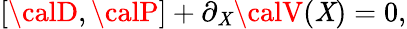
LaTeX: [{\calD},{\calP}]+\partial_{\cal\mathit{X}}{\calV}({\cal\mathit{X}})=0,